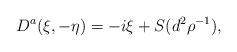
LaTeX: \begin{align*}D^a(\xi,-\eta) = - i \xi+ S(d^2 \rho^{-1}),\end{align*}